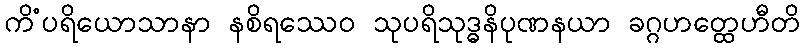
ကိံပရိယောသာနာ နစိရဿေဝ သုပရိသုဒ္ဓနိပုဏနယာ ခဂ္ဂဟတ္ထေဟီတိ